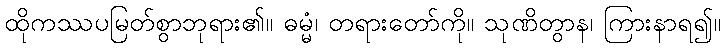
ထိုကဿပမြတ်စွာဘုရား၏။ ဓမ္မံ၊ တရားတော်ကို။ သုဏိတွာန၊ ကြားနာရ၍။